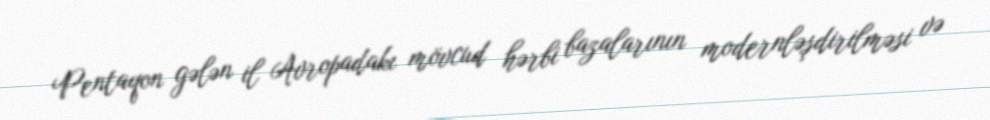
Pentaqon gələn il Avropadakı mövcud hərbi bazalarının modernləşdirilməsi və